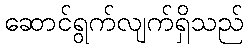
ဆောင်ရွက်လျက်ရှိသည်